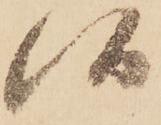
候